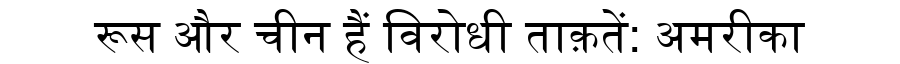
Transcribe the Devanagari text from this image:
रूस और चीन हैं विरोधी ताक़तें: अमरीका